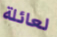
لعائلة